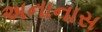
અનાનાસ